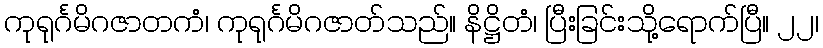
ကုရုင်္ဂမိဂဇာတကံ၊ ကုရုင်္ဂမိဂဇာတ်သည်။ နိဋ္ဌိတံ၊ ပြီးခြင်းသို့ရောက်ပြီ။ ၂၂၊